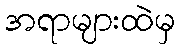
အရာများထဲမှ